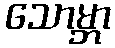
သောမ္ဘာ